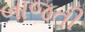
બાજતી